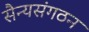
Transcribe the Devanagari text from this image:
सैन्यसंगठन